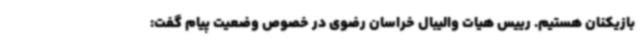
بازیکنان هستیم. رییس هیات والیبال خراسان رضوی در خصوص وضعیت پیام گفت: